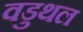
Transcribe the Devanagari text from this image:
वडुथल